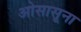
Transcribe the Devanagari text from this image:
ओसासूना